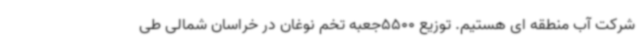
شرکت آب منطقه ای هستیم. توزیع 5500جعبه تخم نوغان در خراسان شمالی طی